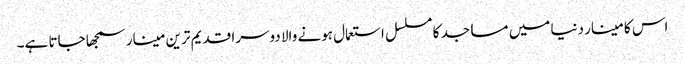
اس کا مینار دنیا میں مساجد کا مسلسل استعمال ہونے والا دوسرا قدیم ترین مینار سمجھا جاتا ہے۔